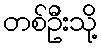
တစ်ဦးသို့